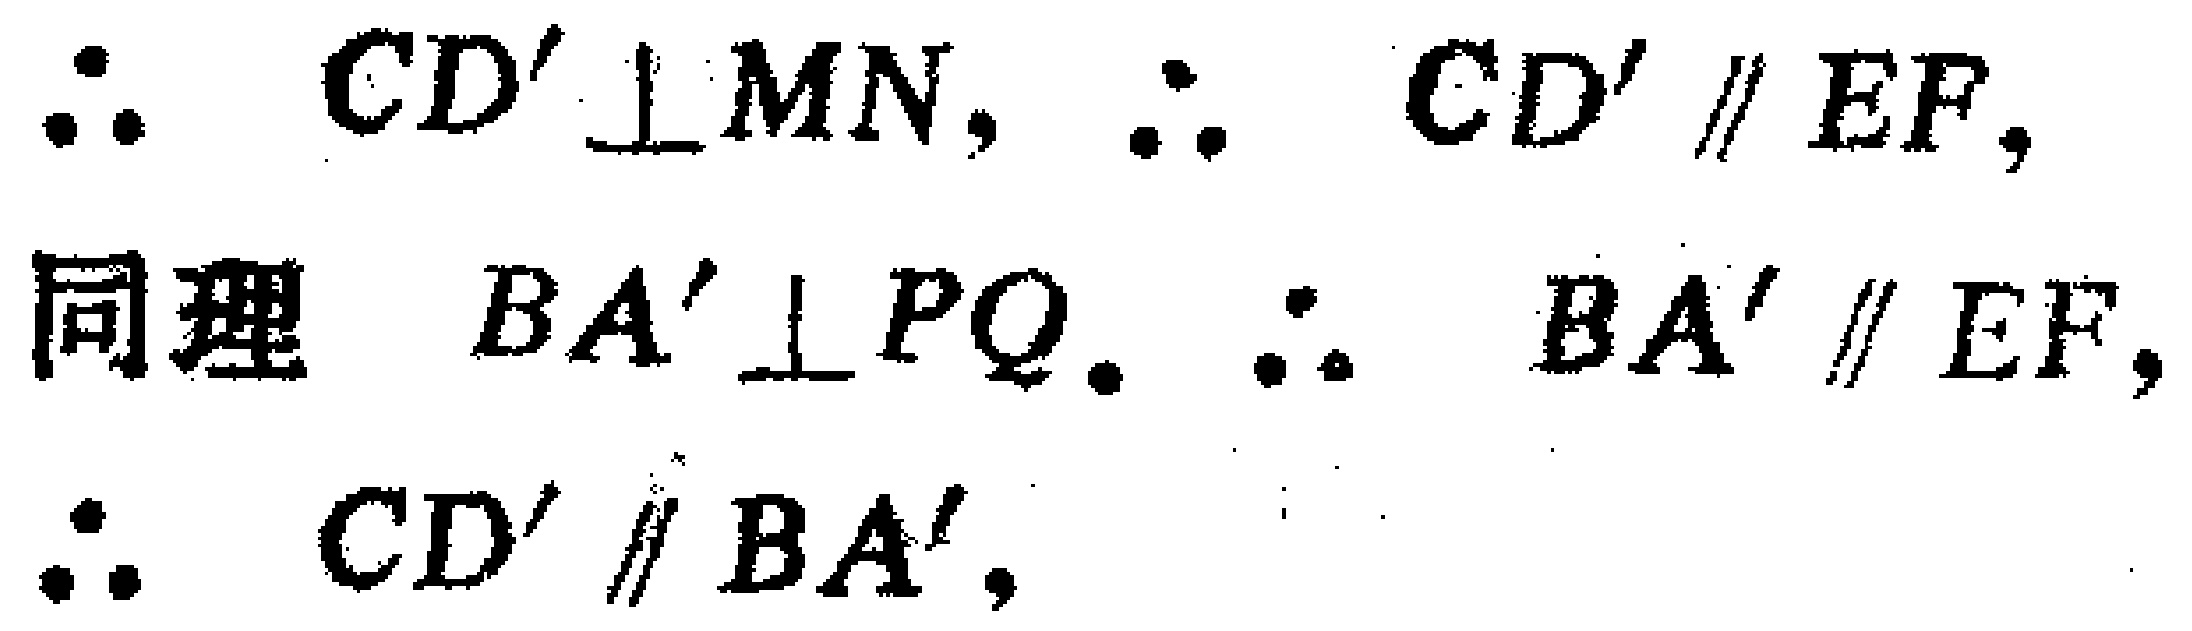
\(\therefore CD'\perp MN,\ \therefore CD'\parallel EF,\)
同理 \(BA'\perp PQ.\ \therefore BA'\parallel EF,\)
\(\therefore CD'\parallel BA',\)
\(\therefore\)